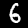
Digit: 6